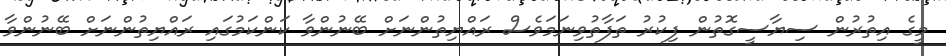
މީގެ އިތުރުން ސިޔާސީގޮތުން ފިކުރު ތަފާތުވިނަމަވެސް ރައްޔިތުންނަށް ބޭނުންވާ ކަންކަމުގައި ރައްޔިތުންނަށް ބޭނުންވާ